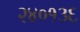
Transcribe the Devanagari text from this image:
२४०१३६